system: You are a helpful assistant.
user:
Analyze the provided spectrum to determine if it is a **"Cataclysmic Variables (CV)"**.

- **Key Indicators for CV (Check for either state):**
    - **State 1: Quiescent / Low-State (Emission-Dominated)**
        - **(Primary):** Strong and *very broad* Hydrogen Balmer emission lines (e.g., $H\alpha$ at 6563 Å, $H\beta$ at 4861 Å). The 'broadness' (high velocity dispersion, often FWHM > 1000 km/s) is the key diagnostic, indicating a high-velocity accretion disk.
        - **(Secondary):** Broad neutral Helium (He I) emission lines (e.g., 5876 Å, 6678 Å).
        - **(Key Confirmation):** Presence of high-excitation *ionized* Helium (He II) emission at 4686 Å. This is a strong indicator of accretion onto a white dwarf.
        - **(Line Profile):** Emission lines may exhibit a 'double-peaked' profile, which is a classic signature of a rotating accretion disk viewed at high inclination.

    - **State 2: Outburst / High-State (Absorption-Dominated)**
        - **(Primary):** Spectrum is dominated by a bright, blue continuum (looks like a hot star).
        - **(Secondary):** The emission lines from State 1 are weak, absent, or 'filled in', and are replaced by broad, shallow *absorption* lines (primarily Balmer and He I).
        - **(Morphology):** The overall spectrum mimics a hot B/A-type star. The crucial difference is that the absorption lines are significantly broader, shallower, and more 'washed-out' (or 'smeared') than the sharp lines of a normal stellar photosphere, due to high rotational speeds and pressure broadening in the disk.

Think first, call **spectral_visualization_tool** if needed to examine features in detail, then provide your final answer. Your response must adhere to the following strict rules:
1.  **Overall Structure:** Your response must follow the format `<think>...</think> <tool_call>...</tool_call> (if a tool is used) <answer>...</answer>`.
2.  **Tool Usage Constraint:** You may only make **one** tool call per turn.
3.  **Final Answer Format:** In the `<answer>` tag, your conclusion must be inside a `\boxed{}` command (e.g., `\boxed{YES}`), followed by your justification.

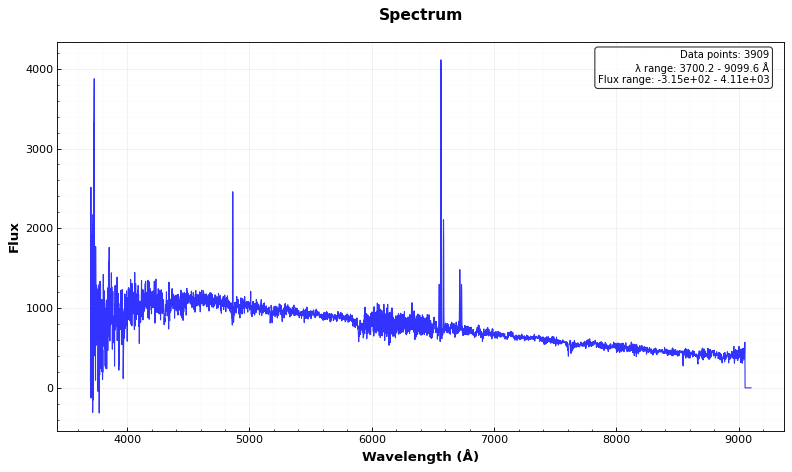
Answer: NO